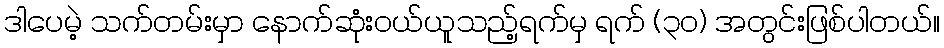
ဒါပေမဲ့ သက်တမ်းမှာ နောက်ဆုံးဝယ်ယူသည့်ရက်မှ ရက် (၃၀) အတွင်းဖြစ်ပါတယ်။